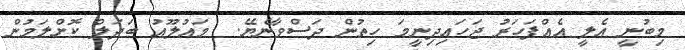
މިބުނީ އެލީ އެއްފަހަރު ޖަހައިދިނީމަ ހިތުން ދަސްވާނެޔޭ.  މައުލޫއު ބަދަލް ކޮށްލަމުން